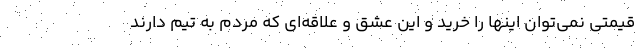
قیمتی نمی‌توان اینها را خرید و این عشق و علاقه‌ای که مردم به تیم دارند